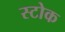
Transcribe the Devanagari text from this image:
स्‍टोक